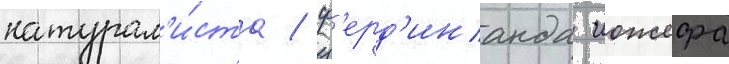
натурал'и́ста / ф'ерд'инанда иожефа